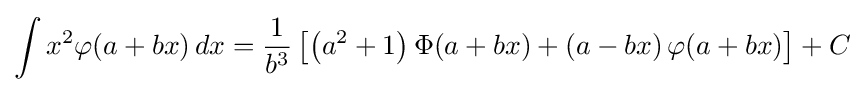
\int x^{2}\varphi (a+bx)\,dx={\frac {1}{b^{3}}}\left[\left(a^{2}+1\right)\Phi (a+bx)+\left(a-bx\right)\varphi (a+bx)\right]+C